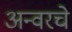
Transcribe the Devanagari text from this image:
अन्वरचे